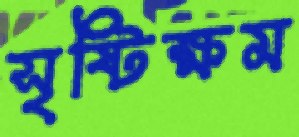
সৃষ্টিক্ষম